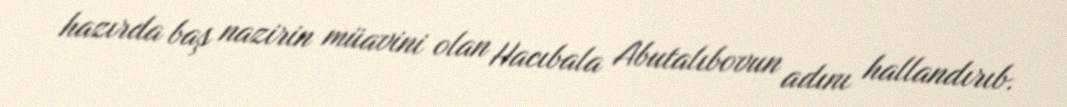
hazırda baş nazirin müavini olan Hacıbala Abutalıbovun adını hallandırıb.